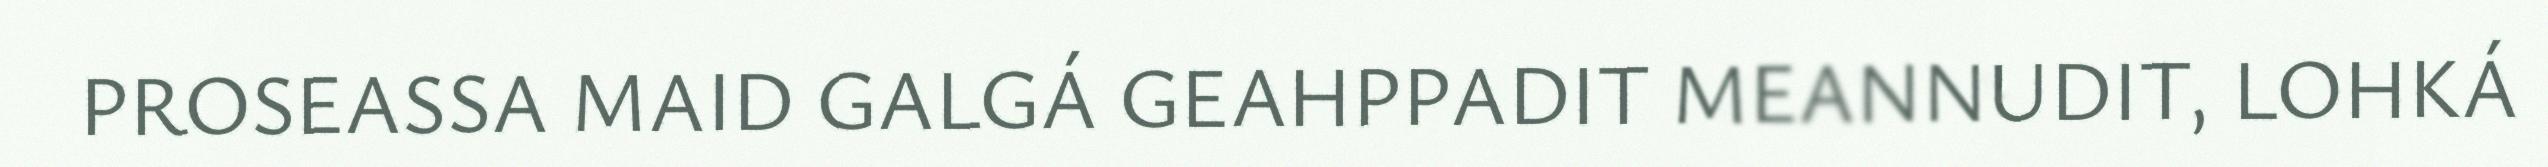
PROSEASSA MAID GALGÁ GEAHPPADIT MEANNUDIT, LOHKÁ